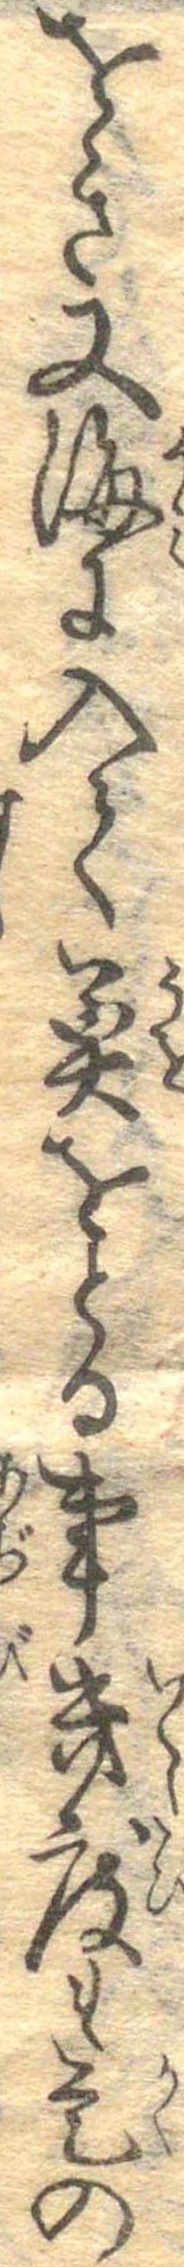
をき又海に入て魚をとる事幾度も是の